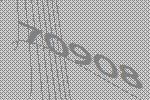
70908